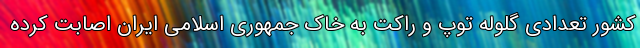
کشور تعدادی گلوله توپ و راکت به خاک جمهوری اسلامی ایران اصابت کرده